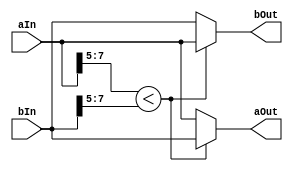
module big_number_first (
input wire [7:0] aIn,
input wire [7:0] bIn,
output reg [7:0] aOut,
output reg [7:0] bOut
);

wire [2:0] aExp = aIn[7:5];
wire [2:0] bExp = bIn[7:5];

always @(*) begin
    if ( aExp < bExp ) begin
        aOut = bIn;
        bOut = aIn;
    end else begin
        aOut = aIn;
        bOut = bIn;
    end
end


endmodule